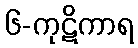
၆-ကုဋိကာရ